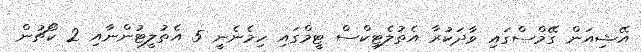
އޭޝިއަން ގޭމްސްގައި ވާދަކުރާ އެތުލެޓިކްސް ޓީމްގައި ހިމެނެނީ 5 އެތުލީޓުންނާއި 2 ކޯޗުން